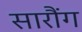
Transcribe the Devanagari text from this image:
सारौंग